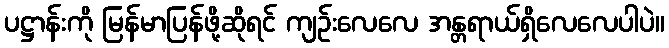
ပဋ္ဌာန်းကို မြန်မာပြန်ဖို့ဆိုရင် ကျဉ်းလေလေ အန္တရာယ်ရှိလေလေပါပဲ။